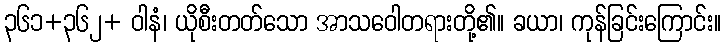
၃၆၁+၃၆၂+ ဝါနံ၊ ယိုစီးတတ်သော အာသဝေါတရားတို့၏။ ခယာ၊ ကုန်ခြင်းကြောင်း။